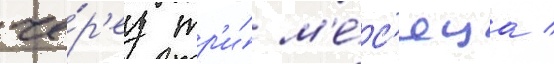
че́р'ез тр'и́ м'е́с'яца /